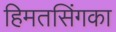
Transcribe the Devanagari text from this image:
हिमतसिंगका